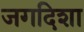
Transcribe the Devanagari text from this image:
जगदिशा